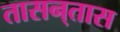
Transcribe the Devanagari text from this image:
तासन्‌तास